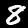
Digit: 8